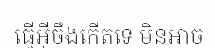
ធ្វើអ៊ីចឹងកើតទេ មិនអាច